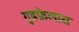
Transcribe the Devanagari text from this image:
गुडफ़ेलास